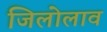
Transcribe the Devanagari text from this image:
जिलोलाव